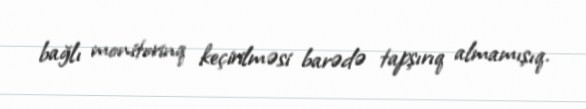
bağlı monitorinq keçirilməsi barədə tapşırıq almamışıq.